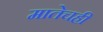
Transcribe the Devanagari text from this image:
मातेचही